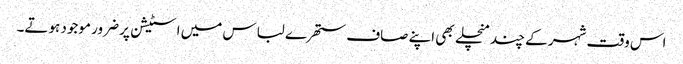
اس وقت شہر کے چند منچلے بھی اپنے صاف ستھرے لباس میں اسٹیشن پر ضرور موجود ہوتے۔